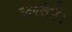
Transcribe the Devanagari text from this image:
करतेहैं।